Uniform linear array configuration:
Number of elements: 32
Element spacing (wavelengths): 0.5
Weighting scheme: binomial
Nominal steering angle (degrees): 0
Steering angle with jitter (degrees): -1.609
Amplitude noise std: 0.05
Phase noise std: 0.05

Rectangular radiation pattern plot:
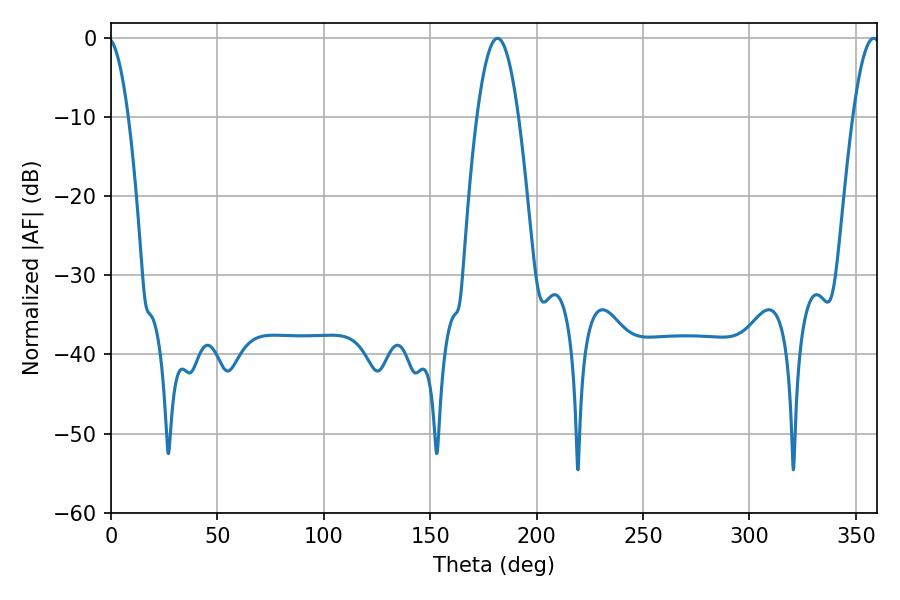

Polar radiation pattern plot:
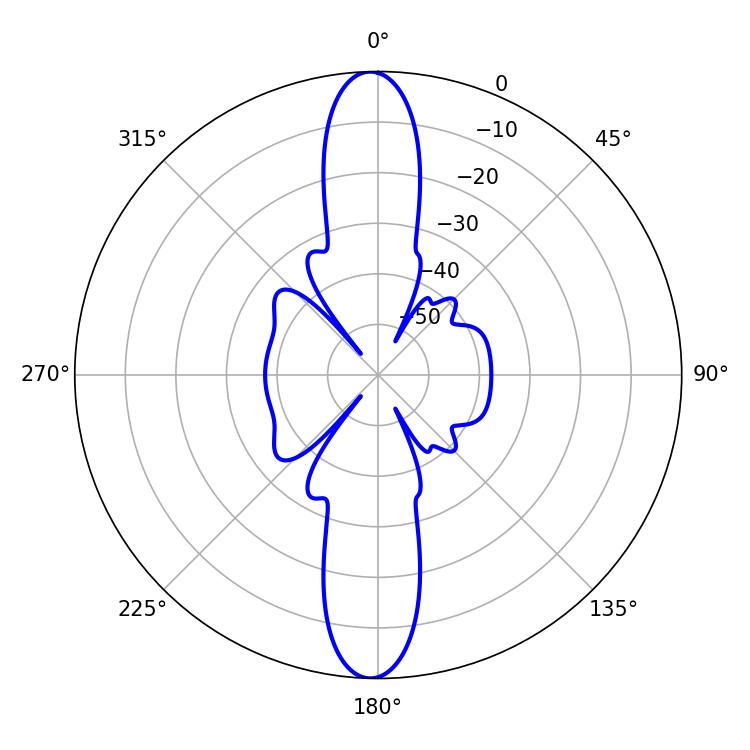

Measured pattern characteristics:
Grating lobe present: FALSE
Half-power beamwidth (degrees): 10.62
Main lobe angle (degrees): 181.62